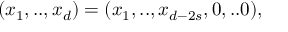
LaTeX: ( x _ { 1 } , . . , x _ { d } ) = ( x _ { 1 } , . . , x _ { d - 2 s } , 0 , . . 0 ) ,